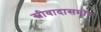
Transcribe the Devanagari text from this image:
स्त्रीवादासमोर